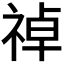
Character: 𫀑